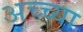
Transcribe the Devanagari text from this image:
अच्च्या